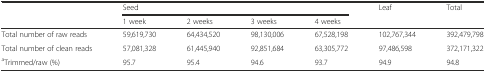
<table><thead><tr><td></td><td colspan="4"><b>Seed</b></td><td rowspan="2"><b>Leaf</b></td><td rowspan="2"><b>Total</b></td></tr><tr><td></td><td><b>1 week</b></td><td><b>2 weeks</b></td><td><b>3 weeks</b></td><td><b>4 weeks</b></td></tr></thead><tbody><tr><td>Total number of raw reads</td><td>59,619,730</td><td>64,434,520</td><td>98,130,006</td><td>67,528,198</td><td>102,767,344</td><td>392,479,798</td></tr><tr><td>Total number of clean reads</td><td>57,081,328</td><td>61,445,940</td><td>92,851,684</td><td>63,305,772</td><td>97,486,598</td><td>372,171,322</td></tr><tr><td><sup>a</sup>Trimmed/raw (%)</td><td>95.7</td><td>95.4</td><td>94.6</td><td>93.7</td><td>94.9</td><td>94.8</td></tr></tbody></table>